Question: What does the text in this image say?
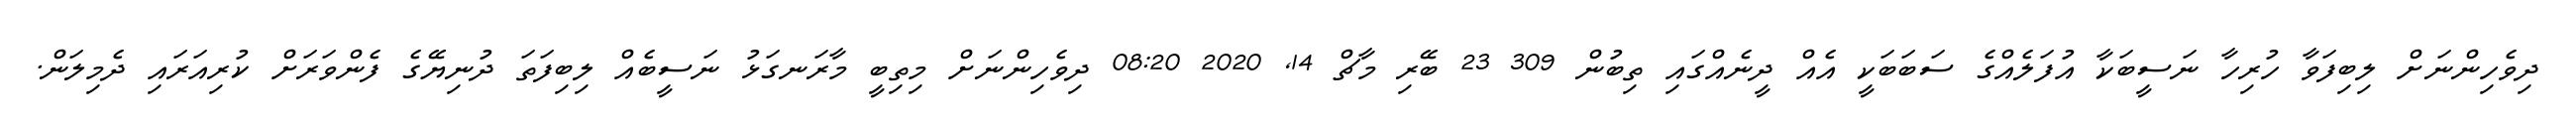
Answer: ދިވެހިންނަށް ލިބިފަވާ ހުރިހާ ނަސީބަކާ އުފަލެއްގެ ސަބަބަކީ އެއް ދީނެއްގައި ތިބުން 309 23 ބޭރި މާޗް 14, 2020 08:20 ދިވެހިންނަށް މިތިބީ މާރަނގަޅު ނަސީބެއް ލިބިފަތަ ދުނިޔޭގެ ފެންވަރަށް ކުރިއަރައި ދެމިލަން.